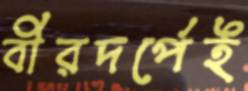
বীরদর্পেই